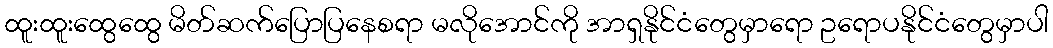
ထူးထူးထွေထွေ မိတ်ဆက်ပြောပြနေစရာ မလိုအောင်ကို အာရှနိုင်ငံတွေမှာရော ဥရောပနိုင်ငံတွေမှာပါ